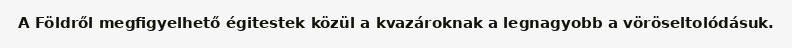
A Földről megfigyelhető égitestek közül a kvazároknak a legnagyobb a vöröseltolódásuk.